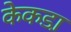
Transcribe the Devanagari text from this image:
केकडा़